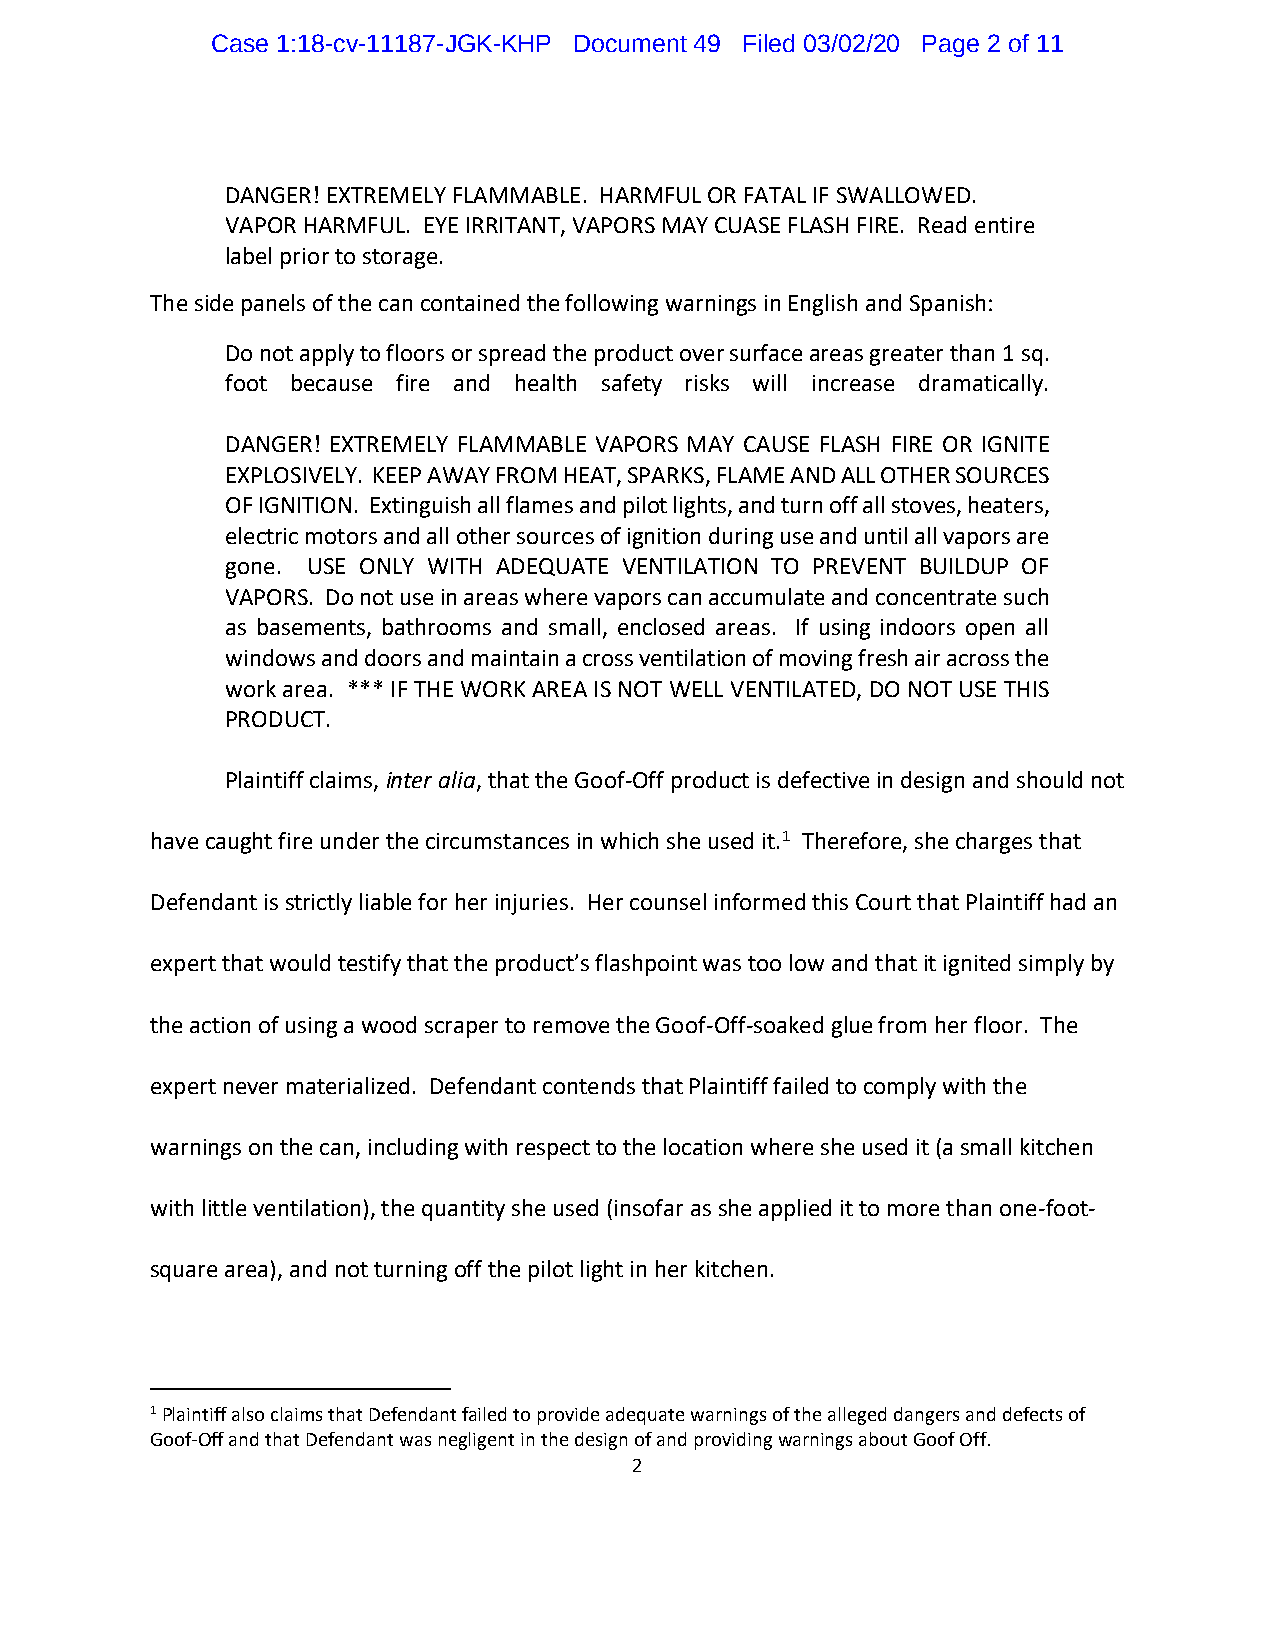
Case 1:18-cv-11187-JGK-KHP Document 49 Filed 03/02/20 Page 2 of 11
 DANGER! EXTREMELY FLAMMABLE. HARMFUL OR FATAL IF SWALLOWED.
 VAPOR HARMFUL. EYE IRRITANT, VAPORS MAY CUASE FLASH FIRE. Read entire
 label prior to storage.
 The side panels of the can contained the following warnings in English and Spanish:
 Do not apply to floors or spread the product over surface areas greater than 1 sq.
 foot because fire and health safety risks will increase dramatically.
 DANGER! EXTREMELY FLAMMABLE VAPORS MAY CAUSE FLASH FIRE OR IGNITE
 EXPLOSIVELY. KEEP AWAY FROM HEAT, SPARKS, FLAME AND ALL OTHER SOURCES
 OF IGNITION. Extinguish all flames and pilot lights, and turn off all stoves, heaters,
 electric motors and all other sources of ignition during use and until all vapors are
 gone. USE ONLY WITH ADEQUATE VENTILATION TO PREVENT BUILDUP OF
 VAPORS. Do not use in areas where vapors can accumulate and concentrate such
 as basements, bathrooms and small, enclosed areas. If using indoors open all
 windows and doors and maintain a cross ventilation of moving fresh air across the
 work area. *** IF THE WORK AREA IS NOT WELL VENTILATED, DO NOT USE THIS
 PRODUCT.
 Plaintiff claims, inter alia, that the Goof-Off product is defective in design and should not
 have caught fire under the circumstances in which she used it.1 Therefore, she charges that
 Defendant is strictly liable for her injuries. Her counsel informed this Court that Plaintiff had an
 expert that would testify that the product’s flashpoint was too low and that it ignited simply by
 the action of using a wood scraper to remove the Goof-Off-soaked glue from her floor. The
 expert never materialized. Defendant contends that Plaintiff failed to comply with the
 warnings on the can, including with respect to the location where she used it (a small kitchen
 with little ventilation), the quantity she used (insofar as she applied it to more than one-foot-
 square area), and not turning off the pilot light in her kitchen.
 1 Plaintiff also claims that Defendant failed to provide adequate warnings of the alleged dangers and defects of
 Goof-Off and that Defendant was negligent in the design of and providing warnings about Goof Off.
 2